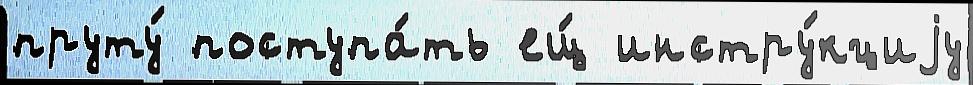
пруту́ поступа́ть ещ́ инстру́кциjу